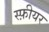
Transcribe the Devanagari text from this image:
स्फ़ीयर